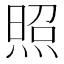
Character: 照